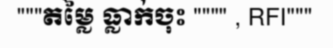
"""តម្លៃ ធ្លាក់ចុះ """" , RFI"""